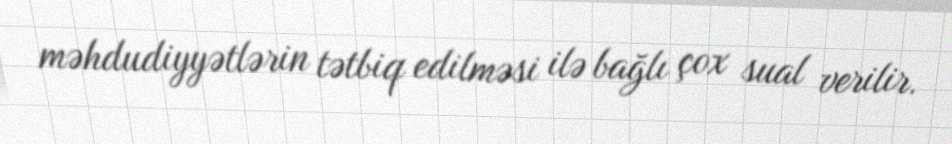
məhdudiyyətlərin tətbiq edilməsi ilə bağlı çox sual verilir.